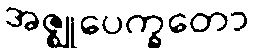
အဇ္ဈုပေက္ခတော